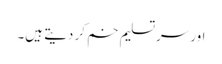
اور سرِتسلیم خم کر دیتے ہیں۔